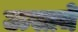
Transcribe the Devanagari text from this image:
ऊसाचे